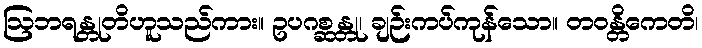
ဩဘရန္တုတိဟူသည်ကား။ ဥပဂစ္ဆန္တု၊ ချဉ်းကပ်ကုန်သော။ တဝန္တိကေတိ၊